Vaccination in the Punjab 1867-1880 - 1867-1880
Year: 1867
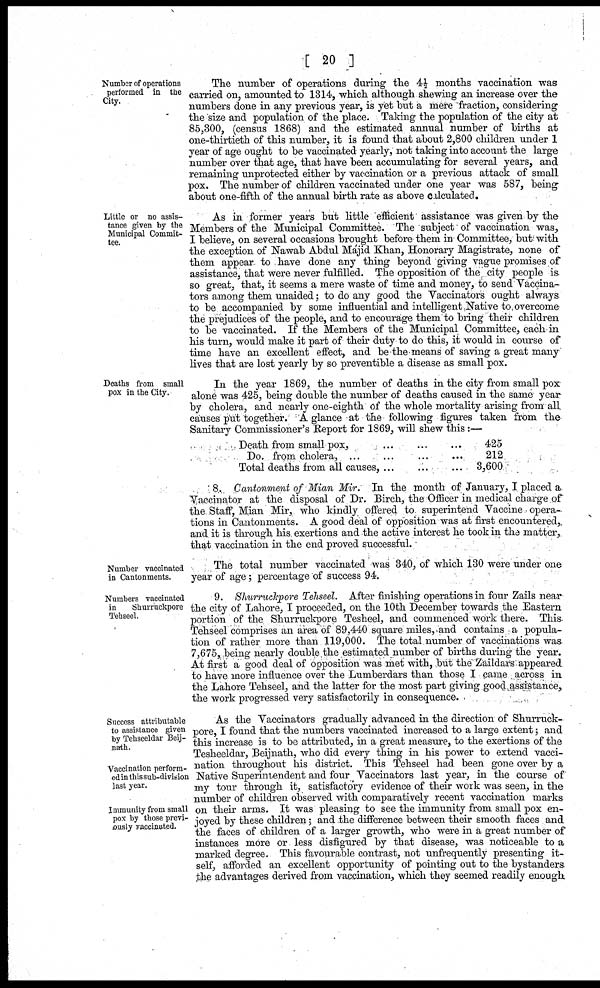
[ 20
]
Number of operations
performed in the
City.
The number of operations during the 4½ months vaccination was
carried on, amounted to 1314, which although shewing an increase over the
numbers done in any previous year, is yet but a mere fraction, considering
the size and population of the place. Taking the population of the city at
85,300, (census 1868) and the estimated annual number of births at
one-thirtieth of this number, it is found that about 2,800 children under 1
year of age ought to be vaccinated yearly, not taking into account the large
number over that age, that have been accumulating for several years, and
remaining unprotected either by vaccination or a previous attack of small
pox. The number of children vaccinated under one year was 587, being
about one-fifth of the annual birth rate as above calculated.
Little or no assis-
tance given by the
Municipal Commit-
tee.
As in former years but little efficient assistance was given by the
Members of the Municipal Committee. The subject of vaccination was,
I believe, on several occasions brought before them in Committee, but with
the exception of Nawab Abdul Majid Khan, Honorary Magistrate, none of
them appear to have done any thing beyond giving vague promises of
assistance, that were never fulfilled. The opposition of the city people is
so great, that, it seems a mere waste of time and money, to send Vaccina-
tors among them unaided; to do any good the Vaccinators ought always
to be accompanied by some influential and intelligent Native to overcome
the prejudices of the people, and to encourage them to bring their children
to be vaccinated. If the Members of the Municipal Committee, each in
his turn, would make it part of their duty to do this, it would in course of
time have an excellent effect, and be the means of saving a great many
lives that are lost yearly by so preventible a disease as small pox.
Deaths from small
pox in the City.
In the year 1869, the number of deaths in the city from small pox
alone was 425, being double the number of deaths caused in the same year
by cholera, and nearly one-eighth of the whole mortality arising from all
causes put together. A glance at the following figures taken from the
Sanitary Commissioner's Report for 1869, will shew this :—
Death from small pox,
Do. from cholera, ...
Total deaths from all causes,
...
...
...
...
...
...
...
...
...
425
212
3,600
8. Cantonment of Mian Mir. In the month of January, I placed a
Vaccinator at the disposal of Dr. Birch, the Officer in medical charge of
the Staff, Mian Mir, who kindly offered to superintend Vaccine opera-
tions in Cantonments. A good deal of opposition was at first encountered,
and it is through his exertions and the active interest he took in the matter,
that vaccination in the end proved successful.
Number vaccinated
in Cantonments.
The total number vaccinated was 340, of which 130 were under one
year of age; percentage of success 94.
Numbers vaccinated
in
Shurruckpore
Tehseel.
9. Shurruckpore Tehseel. After finishing operations in four Zails near
the city of Lahore, I proceeded, on the 10th December towards the Eastern
portion of the Shurruckpore Tesheel, and commenced work there. This
Tehseel comprises an area of 89,440 square miles, and contains a popula-
tion of rather more than 119,000. The total number of vaccinations was
7,675, being nearly double the estimated number of births during the year.
At first a good deal of opposition was met with, but the Zaildars appeared
to have more influence over the Lumberdars than those I came across in
the Lahore Tehseel, and the latter for the most part giving good assistance,
the work progressed very satisfactorily in consequence.
Success attributable
to assistance given
by Tehseeldar Beij-
nath.
Vaccination perform-
ed in this sub-division
last year.
Immunity from small
pox by those previ-
ously vaccinated.
As the Vaccinators gradually advanced in the direction of Shurruck-
pore, I found that the numbers vaccinated increased to a large extent; and
this increase is to be attributed, in a great measure, to the exertions of the
Tesheeldar, Beijnath, who did every thing in his power to extend vacci-
nation throughout his district. This Tehseel had been gone over by a
Native Superintendent and four Vaccinators last year, in the course of
my tour through it, satisfactory evidence of their work was seen, in the
number of children observed with comparatively recent vaccination marks
on their arms. It was pleasing to see the immunity from small pox en-
joyed by these children; and the difference between their smooth faces and
the faces of children of a larger growth, who were in a great number of
instances more or less disfigured by that disease, was noticeable to a
marked degree. This favourable contrast, not unfrequently presenting it-
self, afforded an excellent opportunity of pointing out to the bystanders
the advantages derived from vaccination, which they seemed readily enough